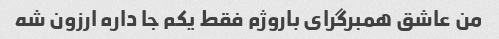
من عاشق همبرگرای باروژم فقط یکم جا داره ارزون شه